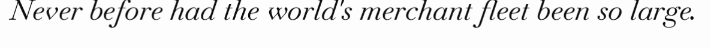
Never before had the world's merchant fleet been so large.